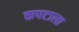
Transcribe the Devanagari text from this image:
कपटाला